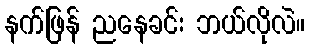
နက်ဖြန် ညနေခင်း ဘယ်လိုလဲ။